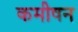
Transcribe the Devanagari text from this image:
कमीषन